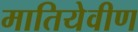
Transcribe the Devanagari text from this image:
मातियेवीण